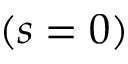
( s = 0 )